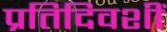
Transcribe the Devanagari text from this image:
प्रतिदिवशीं